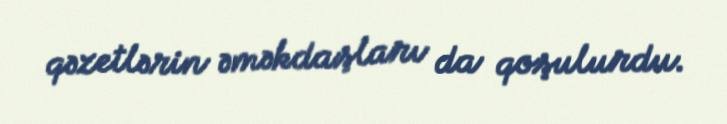
qəzetlərin əməkdaşları da qoşulurdu.